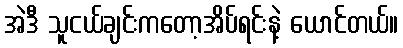
အဲဒီ သူငယ်ချင်းကတော့အိပ်ရင်းနဲ့ ယောင်တယ်။